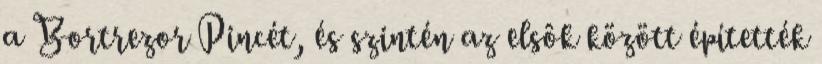
a Bortrezor Pincét, és szintén az elsôk között építették